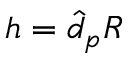
h = \hat { d } _ { p } R